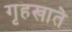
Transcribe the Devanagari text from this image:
गृहखाते